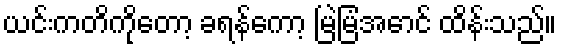
ယင်းကတိကိုတော့ ခရန်ကော့ မြဲမြံအောင် ထိန်းသည်။